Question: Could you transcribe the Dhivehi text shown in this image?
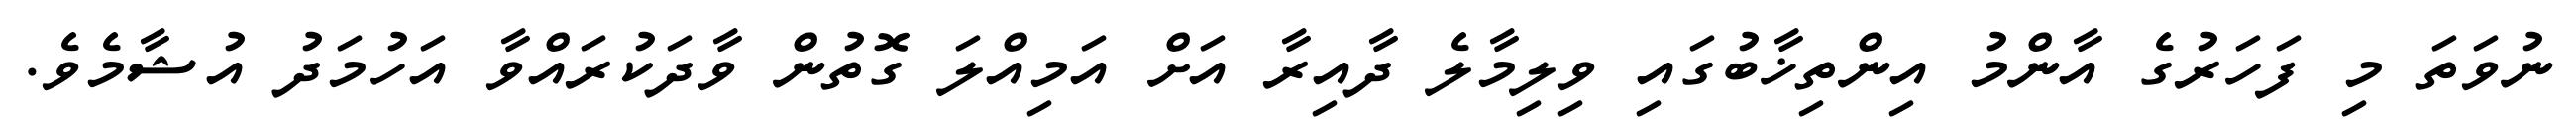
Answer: ނުވަތަ މި ފަހަރުގެ އާންމު އިންތިޚާބުގައި ވިލިމާލެ ދާއިރާ އަށް އަމިއްލަ ގޮތުން ވާދަކުރައްވާ އަހުމަދު އުޝާމެވެ.